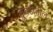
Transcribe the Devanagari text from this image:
कुबडीतील